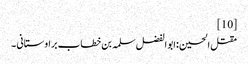
[10]
مقتل الحسین :ابو الفضل سلمہ بن خطاب براوستانی ۔